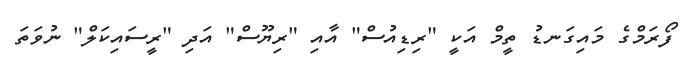
ފޯރަމްގެ މައިގަނޑު ތީމް އަކީ "ރިޑިއުސް" އާއި "ރިޔޫސް" އަދި "ރީސައިކަލް" ނުވަތަ